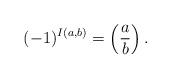
LaTeX: \begin{align*}(-1)^{I(a,b)}=\left( \frac{a}{b} \right).\end{align*}